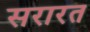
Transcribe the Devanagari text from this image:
सरारत